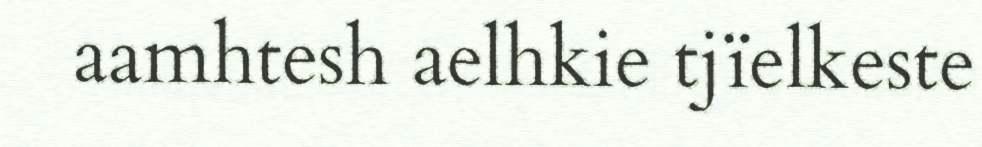
aamhtesh aelhkie tjïelkeste